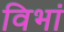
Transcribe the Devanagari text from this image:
विभां